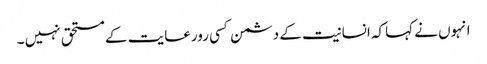
انہوں نے کہاکہ انسانیت کے دشمن کسی رورعایت کے مستحق نہیں ۔